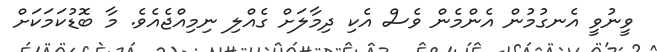
ވީނުވީ އެނގުމުން އެންމެން ވެސް އެކި ދިމާލަށް ގެއްލި ނިމިއްޖެއެވެ. މާ ބޮޑުކަމަކަށް